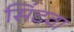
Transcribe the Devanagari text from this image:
सिंदवा